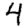
Digit: 4